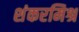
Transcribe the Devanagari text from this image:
शंकरमिश्र